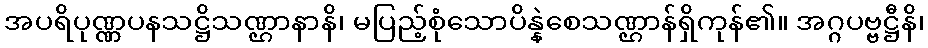
အပရိပုဏ္ဏပနသဋ္ဌိသဏ္ဌာနာနိ၊ မပြည့်စုံသောပိန္နဲစေသဏ္ဌာန်ရှိကုန်၏။ အဂ္ဂပဗ္ဗဋ္ဌီနိ၊